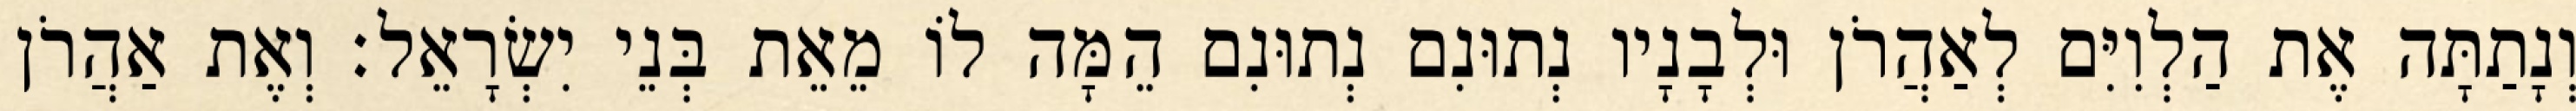
וְנָתַתָּה אֶת הַלְוִיִּם לְאַהֲרֹן וּלְבָנָיו נְתוּנִם נְתוּנִם הֵמָּה לוֹ מֵאֵת בְּנֵי יִשְׂרָאֵל׃ וְאֶת אַהֲרֹן